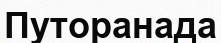
Путоранада